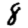
Digit: 8